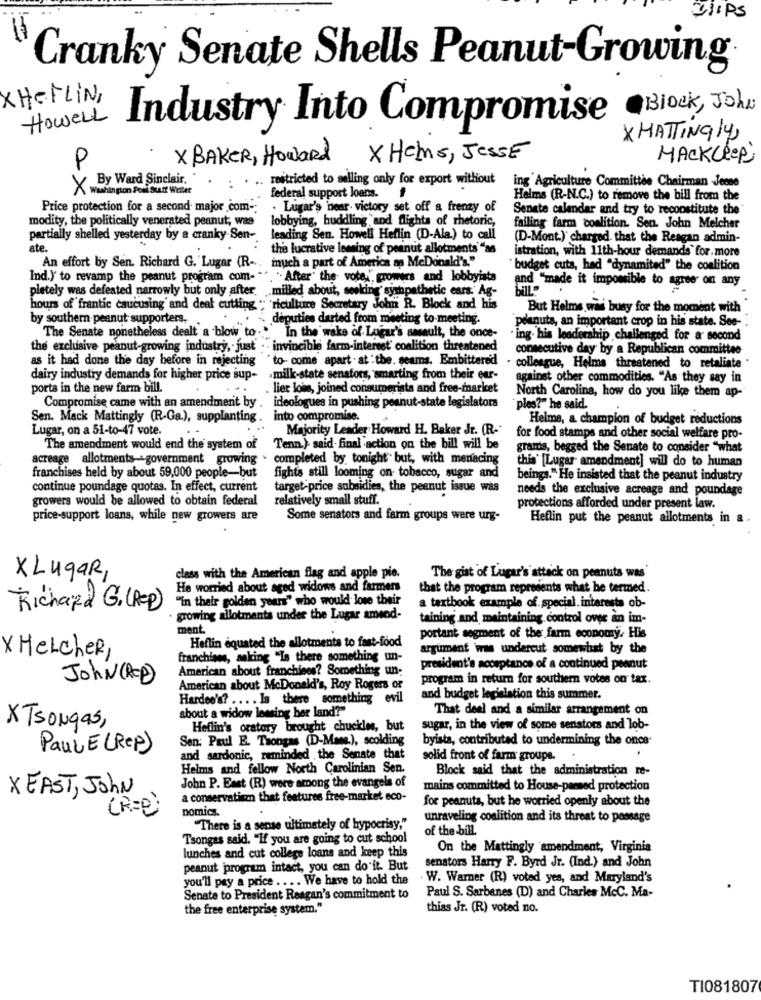
Cranky Senate Shells Peanut-Growing
XHeFLIN,
Howell
Industry Into Compromise Block, John
XMATTING/4,
P
X BAKER, Howard X Hems, Jesse
MACKLEepi
X By Ward Sinclair.
restricted to selling only for export without
Washington Post Butt Writer
ing Agriculture Committee Chairman -Jeone
federal support loans.
Helms (R-N.C.) to remove the bill from the
Price protection for a second major .com-
. Lugar's hear victory set off a frenzy of
Senate calendar and try to reconstitute the
modity, the politically venerated peanut; was
lobbying, huddling and flights of rhetoric,
failing farm coalition. Sen. John Melcher
partially shelled yesterday by a cranky.Sen-
leading Sen. Howell Heflin (D-Ala) to call
(D-Mont.) charged that the Reagan admin-
ate.
the lucrative lemsing of peanut allotments" "as
istration, with 11th-hour demands for.more
much a part of America ap McDonald's."
An effort by Sen. Richard G. Lugar (R -..
budget cuts, had "dynamited" the coalition
Ind.) to revamp the peanut program com-
"After the vote," growers and lobbyists
pletely was defeated narrowly but only after.
and "made it impossible to agree on any
.. milled about, seeking sympathetic ears: Ag-
hours of frantic caucusing and deal cutting. "
'riculture Secretary John R. Block and his
But Helms was busy for the moment with
by southern peanut supporters.
deputies darted from meeting to-meeting.
peanuts, an important crop in his state. See-
The Senate nonetheless dealt a blow to."' In the wake of Lugar's assault, the once-
ing. his leadership challenged for a second
the exclusive peanut-growing industry, just . . invincible farm-interest' coalition threatened
consecutive day by a Republican committee
as it had done the day before in rejecting
"to- come apart - at :the. seams. Embittered
- colleague, Helms threatened to retaliate
dairy industry demands for higher price sup-
.milk-state senators, smarting from their eur-
against other commodities. "As they say in
porta in the new farm bill.
lier lois, joined consumerists and free-market
North Carolina, how do you like them ap-
Compromise came with an amendment by
ideologues in pushing peanut-state legislators
ples?" he said.
Sen. Mack Mattingly (R-Ga.), supplanting .
into compromise.
Helms, a champion of budget reductions
Lugar, on a 51-to-47 vote.
Majority Leader Howard H. Baker Jr. (R.'
for food stamps and other social welfare pro-
The amendment would end the system of
Tenn.) said- final action on the bill will be
grams, begged the Senate to consider "what
acreage allotments -- government growing
completed by tonight" but, with menacing
this' [Lugar amendment] will do to human
franchises held by about 59,000 people-but
fights still looming on tobacco, sugar and
beings." He insisted that the peanut industry
continue poundage quotas. In effect, current
target price subsidies, the peanut issue was
needs the exclusive acreage and poundage
growers would be allowed to obtain federal
relatively small stuff.
protections afforded under present law.
price-support loans, while new growers are
Some senators and farm groups were urg-
Heflin put the peanut allotments in a
XLugar,
class with the American flag and apple pie.
The gist of Lugar's attack on peanuts was"
He worried about aged widows and farmers
that the program represents what he termed.
"In their golden years" who would lose their
Richard G. (RED)
a textbook example of special. interests ob-
growing allotments under the Lugar ansod-
taining and maintaining control over an im-
ment.
portant segment of the farm economy. His
Heflin equated the allotments to fast-food
argument was undercut somewhat by the
X HelcheR,
franchises, asking "Is there something un-
American about franchises? Something un-
president's acceptance of a continued peanut
John (RED)
program in return for southern votes on tax.
American about McDonald's, Roy Rogers or
Hardee's? ... . Is there something evil
and budget legislation this summer.
about a widow lessing ber land?"
That deel and a similar arrangement on
XTsongas,
Heflin's oratory brought chuckles, but
sugar, in the view of some senators and lob-
Sen: Paul E. Thongas (DD-Mang.), scolding
byists, contributed to undermining the once-
Paul E (Rep)
and sardonic, reminded the Senate that
solid front of farm groupe.
Helms and fellow North Carolinian Sen.
Block said that the administration re-
John P. East (R) were among the evangels of
mains committed to House-parsed protection
XEAST, John
a conservatisan that features free-market eco-
for peanuts, but he worried openly about the
(R = P)
nomics.
unraveling coalition and its threat to passage
"There is a sense ultimately of hypocrisy,"
of the bill.
Tsongas said. "If you are going to cut school
On the Mattingly amendment, Virginia
lunches and cut college loans and keep this
senators Harry F. Byrd Jr. (Ind.) and John
peanut program intact, you can do it. But
you'll pey a price .... We have to hold the
- W. Warner (R) voted yes, and Maryland's
Paul S. Sarbanes (D) and Charles McC. Ma-
Senate to President Reagan's commitment to
the free enterprise system."
thias Jr. (R) voted no.
TI081807